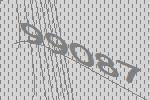
99087